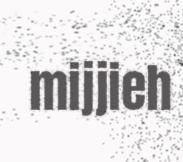
mijjieh